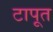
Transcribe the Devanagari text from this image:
टापूत